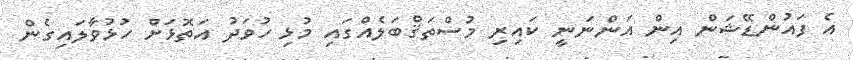
އެ ފައުންޑޭޝަން އިން އަންނަނީ ކައިރި މުސްތަޤްބަލެއްގައި މުޅި ހުވަދު އަތޮޅަށް ހުޅުވާލައިގެން